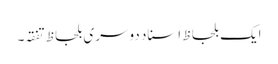
ایک بلحاظ اَسناد دوسری بلحاظ تفقہ۔